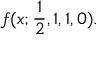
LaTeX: f ( x ; { \frac { 1 } { 2 } } , 1 , 1 , 0 ) .